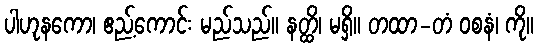
ပါဟုနကော၊ ဧည့်ကောင်း မည်သည်။ နတ္ထိ၊ မရှိ။ တထာ-တံ ဝစနံ၊ ကို။